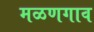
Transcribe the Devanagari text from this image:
मळणगाव